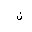
Letter: _non